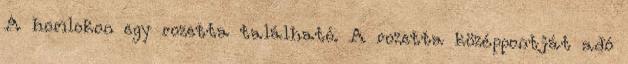
A homlokon egy rozetta található. A rozetta középpontját adó